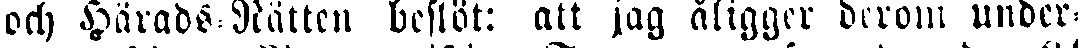
och Härads Rätten beslöt: att jag åligger derom under-